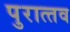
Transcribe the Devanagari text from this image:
पुरात्‍तव